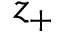
z _ { + }